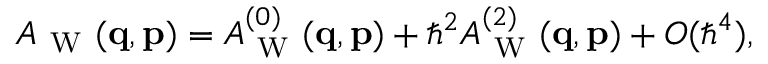
\begin{array} { r } { A _ { \mathrm { ~ W ~ } } ( \ensuremath { \mathbf { q } } , \ensuremath { \mathbf { p } } ) = A _ { \mathrm { ~ W ~ } } ^ { ( 0 ) } ( \ensuremath { \mathbf { q } } , \ensuremath { \mathbf { p } } ) + \hbar ^ { 2 } A _ { \mathrm { ~ W ~ } } ^ { ( 2 ) } ( \ensuremath { \mathbf { q } } , \ensuremath { \mathbf { p } } ) + O ( \hbar ^ { 4 } ) , } \end{array}